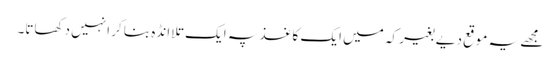
مجھے یہ موقع دیے بغیر کہ میں ایک کاغذ پہ ایک تلا انڈہ بنا کر انہیں دکھاتا۔